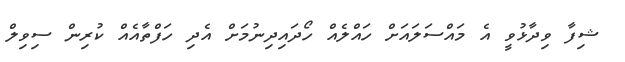
ޝިފާ ވިދާޅުވީ އެ މައްސަލައަށް ހައްލެެއް ހޯދައިދިނުމަށް އެދި ހަފްތާއެއް ކުރިން ސިވިލް